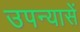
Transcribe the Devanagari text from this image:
उपन्यासें